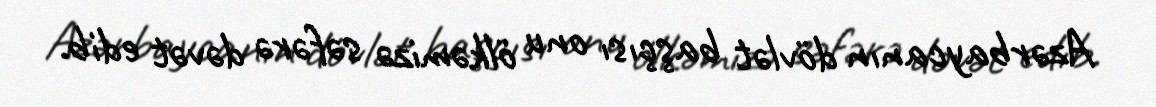
Azərbaycanın dövlət başçısı onu ölkəmizə səfərə dəvət edib.